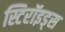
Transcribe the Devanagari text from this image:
स्टिरॉइड्स